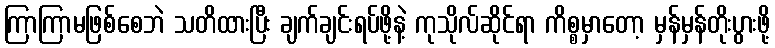
ကြာကြာမဖြစ်စေဘဲ သတိထားပြီး ချက်ချင်းရပ်ဖို့နဲ့ ကုသိုလ်ဆိုင်ရာ ကိစ္စမှာတော့ မှန်မှန်တိုးပွားဖို့